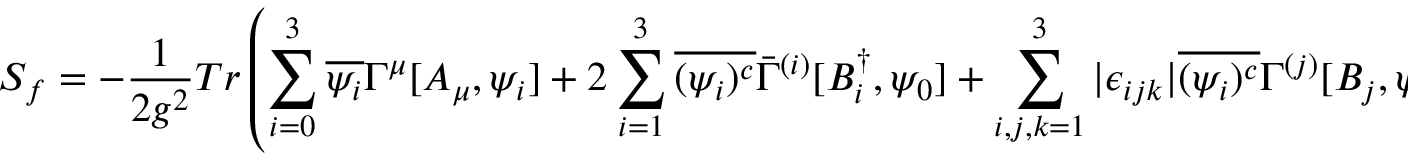
S _ { f } = - \frac { 1 } { 2 g ^ { 2 } } T r \left( \sum _ { i = 0 } ^ { 3 } \overline { { { \psi _ { i } } } } \Gamma ^ { \mu } [ A _ { \mu } , \psi _ { i } ] + 2 \sum _ { i = 1 } ^ { 3 } \overline { { { ( \psi _ { i } ) ^ { c } } } } \bar { \Gamma } ^ { ( i ) } [ B _ { i } ^ { \dagger } , \psi _ { 0 } ] + \sum _ { i , j , k = 1 } ^ { 3 } | \epsilon _ { i j k } | \overline { { { ( \psi _ { i } ) ^ { c } } } } \Gamma ^ { ( j ) } [ B _ { j } , \psi _ { k } ] + h . c . \right)